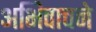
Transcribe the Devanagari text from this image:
अभिवाचने